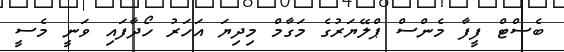
ބެސްޓް ފީފާ މެންސް ޕްލޭޔަރުގެ މަގާމް މިދިޔަ އަހަރު ހޯދާފައި ވަނީ މެސީ